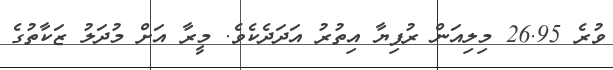
ވުރެ 26.95 މިލިއަން ރުފިޔާ އިތުރު އަދަދެކެވެ. މީރާ އަށް މުދަލު ޒަކާތުގެ